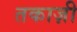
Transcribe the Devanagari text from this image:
तकाज़ी